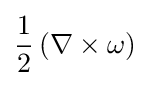
{\frac {1}{2}}\left(\nabla \times \omega \right)